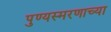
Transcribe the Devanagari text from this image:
पुण्यस्मरणाच्या